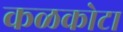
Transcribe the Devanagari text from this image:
कळकोटा